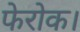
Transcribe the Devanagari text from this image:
फेरोक।